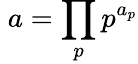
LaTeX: \; a=\prod_{p}p^{a_{p}}